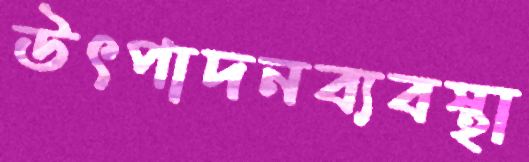
উৎপাদনব্যবস্থা